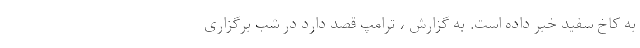
به کاخ سفید خبر داده است. به گزارش ، ترامپ قصد دارد در شب برگزاری